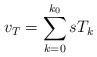
LaTeX: \begin{align*} v_T = \sum_{k=0}^{k_0} s T_k\end{align*}